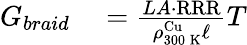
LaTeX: \begin{array}{rl}{G_{braid}}&{{}=\frac{LA\cdot\mathrm{RRR}}{\rho_{300\, \mathrm{K}}^{\mathrm{Cu}}\ell}T}\end{array}